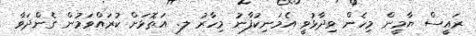
ރައީސް ޔާމީން މިހެން ވިދާޅުވީ އެމަނިކުފާނު މިހާރު ލ. އަތޮޅަށް ކުރައްވަމުން ގެންދަވާ